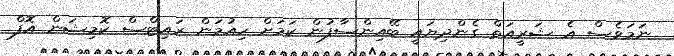
ނަމަވެސް އެ ޝަރީއަތް ގެންދިޔައީ ބޭއިންސާފުން ކަމަށް ހިއުމަން ރައިޓްސް ކޮމިޝަން އޮފް